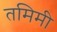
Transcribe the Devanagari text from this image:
तमिमी